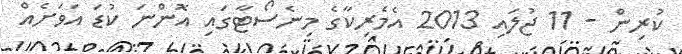
ކުރިން - 11 ޖުލައި 2013 އެމެރިކާގެ މިނެސޯޓާގައި އޮންނަ ކުޑަ އަވަށެއް